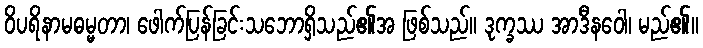
ဝိပရိနာမဓမ္မတာ၊ ဖေါက်ပြန်ခြင်းသဘောရှိသည်၏အ ဖြစ်သည်။ ဒုက္ခဿ အာဒီနဝေါ၊ မည်၏။